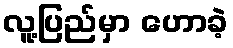
လူ့ပြည်မှာ ဟောခဲ့